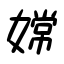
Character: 嫦